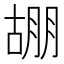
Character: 𭩀